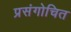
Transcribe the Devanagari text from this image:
प्रसंगोचित